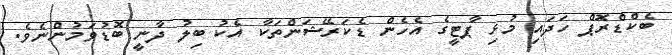
ބެކްޑްރޮޕް ހަދައި މުޅި ޕާޓީގެ އެހެން ޑެކަރޭޝަންތަކާ އެކު ބިލު ދާނީ ބޮޑުވަމުންނެވެ.